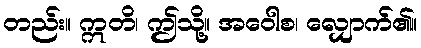
တည်း။ ဣတိ၊ ဤသို့။ အဝေါစ၊ လျှောက်၏။